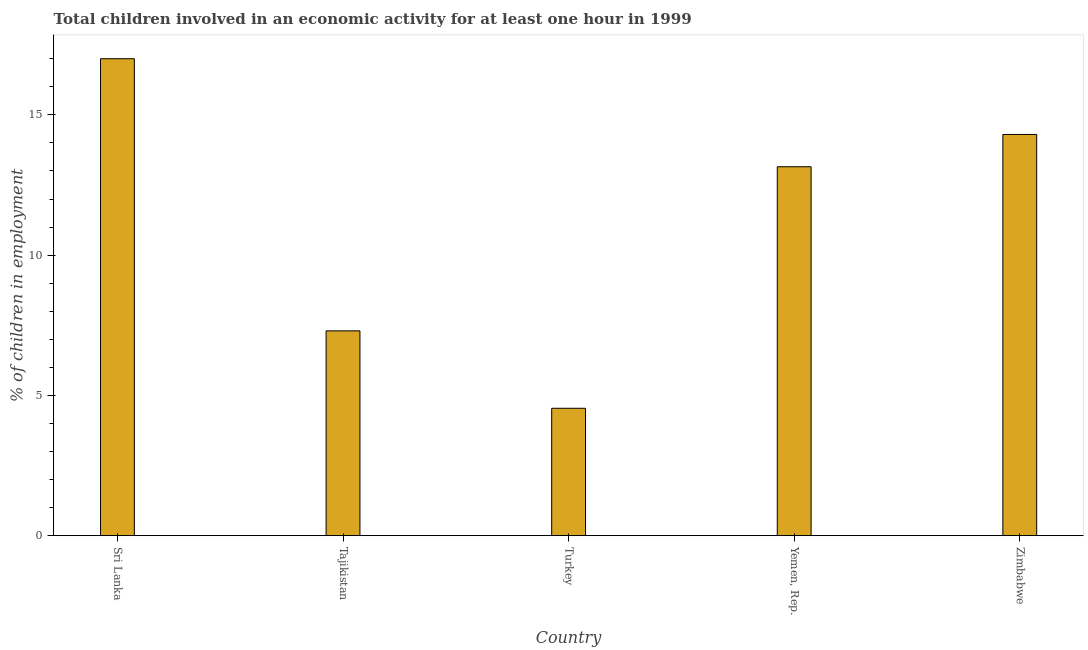
| Country | Children in employment |
 | --- | --- |
 | Sri Lanka | 17 |
 | Tajikistan | 7.3 |
 | Turkey | 4.54 |
 | Yemen, Rep. | 13.1 |
 | Zimbabwe | 14.3 |